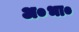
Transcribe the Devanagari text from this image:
अ०भा०